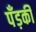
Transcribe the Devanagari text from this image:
पँड़की